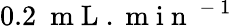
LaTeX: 0.2~\mathrm{~m~L~}.\mathrm{~m~i~n~}^{\mathrm{~-~}1}